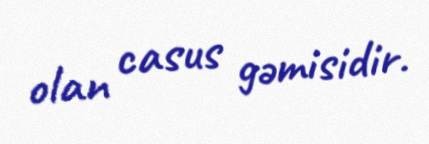
olan casus gəmisidir.